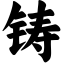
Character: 铸